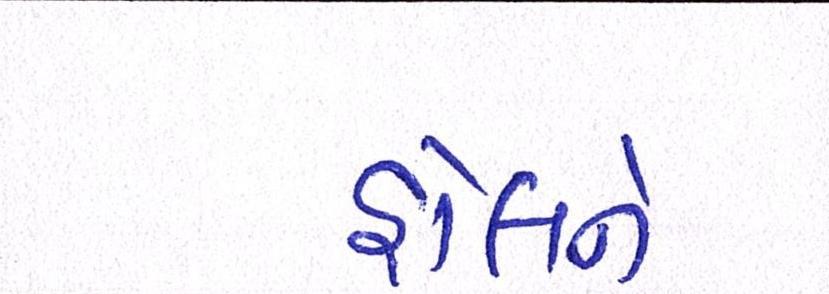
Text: હોલને